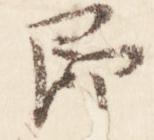
即